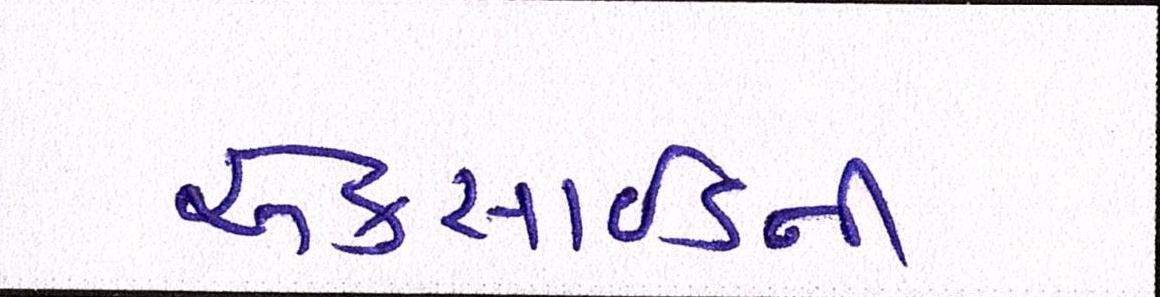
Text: એક્સાઇડની